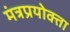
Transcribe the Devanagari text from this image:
मंत्रप्रयोक्ता